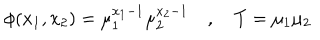
\phi ( x _ { 1 } , x _ { 2 } ) = \mu _ { 1 } ^ { x _ { 1 } - 1 } \mu _ { 2 } ^ { x _ { 2 } - 1 } \quad , \quad T = \mu _ { 1 } \mu _ { 2 }